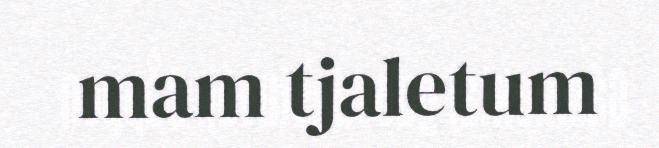
mam tjaletum